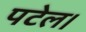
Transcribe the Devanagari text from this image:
पटेल।